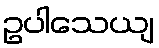
ဥပါသေယျ